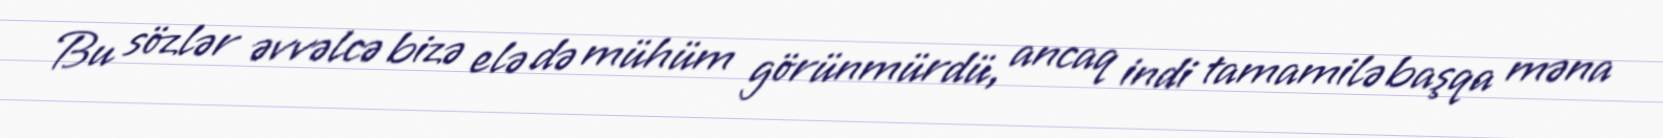
Bu sözlər əvvəlcə bizə elə də mühüm görünmürdü, ancaq indi tamamilə başqa məna